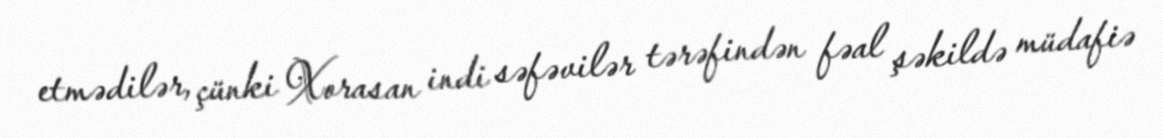
etmədilər, çünki Xorasan indi səfəvilər tərəfindən fəal şəkildə müdafiə